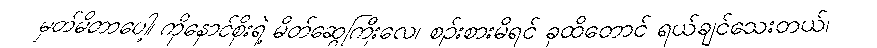
မှတ်မိတာပေါ့၊ ကိုနောင်စိုးရဲ့ မိတ်ဆွေကြီးလေ၊ စဉ်းစားမိရင် ခုထိတောင် ရယ်ချင်သေးတယ်၊